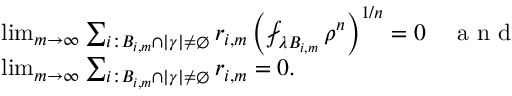
\begin{array} { r } { \begin{array} { r l } & { \operatorname* { l i m } _ { m \to \infty } \sum _ { i : B _ { i , m } \cap | \gamma | \neq \emptyset } r _ { i , m } \left( \fint _ { { \lambda B _ { i , m } } } \rho ^ { n } \right) ^ { 1 / n } = 0 \quad \textrm { a n d } } \\ & { \operatorname* { l i m } _ { m \to \infty } \sum _ { i : B _ { i , m } \cap | \gamma | \neq \emptyset } r _ { i , m } = 0 . } \end{array} } \end{array}